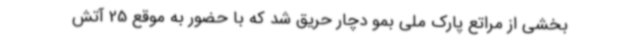
بخشی از مراتع پارک ملی بمو دچار حریق شد که با حضور به موقع 25 آتش